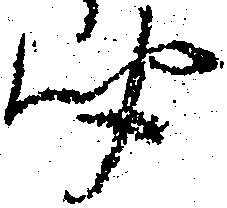
聞